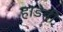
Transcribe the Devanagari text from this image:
हाडेही